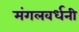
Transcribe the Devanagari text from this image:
मंगलवर्धनी